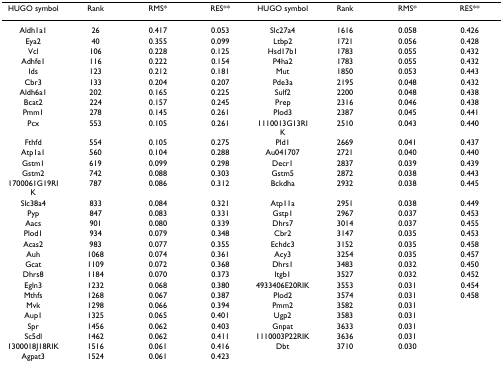
<table><thead><tr><td><b>HUGO symbol</b></td><td><b>Rank</b></td><td><b>RMS*</b></td><td><b>RES**</b></td><td><b>HUGO symbol</b></td><td><b>Rank</b></td><td><b>RMS*</b></td><td><b>RES**</b></td></tr></thead><tbody><tr><td>Aldh1a1</td><td>26</td><td>0.417</td><td>0.053</td><td>Slc27a4</td><td>1616</td><td>0.058</td><td>0.426</td></tr><tr><td>Eya2</td><td>40</td><td>0.355</td><td>0.099</td><td>Ltbp2</td><td>1721</td><td>0.056</td><td>0.428</td></tr><tr><td>Vcl</td><td>106</td><td>0.228</td><td>0.125</td><td>Hsd17b1</td><td>1783</td><td>0.055</td><td>0.432</td></tr><tr><td>Adhfe1</td><td>116</td><td>0.222</td><td>0.154</td><td>P4ha2</td><td>1783</td><td>0.055</td><td>0.432</td></tr><tr><td>Ids</td><td>123</td><td>0.212</td><td>0.181</td><td>Mut</td><td>1850</td><td>0.053</td><td>0.443</td></tr><tr><td>Cbr3</td><td>133</td><td>0.204</td><td>0.207</td><td>Pde3a</td><td>2195</td><td>0.048</td><td>0.432</td></tr><tr><td>Aldh6a1</td><td>202</td><td>0.165</td><td>0.225</td><td>Sulf2</td><td>2200</td><td>0.048</td><td>0.438</td></tr><tr><td>Bcat2</td><td>224</td><td>0.157</td><td>0.245</td><td>Prep</td><td>2316</td><td>0.046</td><td>0.438</td></tr><tr><td>Pmm1</td><td>278</td><td>0.145</td><td>0.261</td><td>Plod3</td><td>2387</td><td>0.045</td><td>0.441</td></tr><tr><td>Pcx</td><td>553</td><td>0.105</td><td>0.261</td><td>1110013G13RIK</td><td>2510</td><td>0.043</td><td>0.440</td></tr><tr><td>Fthfd</td><td>554</td><td>0.105</td><td>0.275</td><td>Pld1</td><td>2669</td><td>0.041</td><td>0.437</td></tr><tr><td>Atp1a1</td><td>560</td><td>0.104</td><td>0.288</td><td>Au041707</td><td>2721</td><td>0.040</td><td>0.440</td></tr><tr><td>Gstm1</td><td>619</td><td>0.099</td><td>0.298</td><td>Decr1</td><td>2837</td><td>0.039</td><td>0.439</td></tr><tr><td>Gstm2</td><td>742</td><td>0.088</td><td>0.303</td><td>Gstm5</td><td>2872</td><td>0.038</td><td>0.443</td></tr><tr><td>1700061G19RIK</td><td>787</td><td>0.086</td><td>0.312</td><td>Bckdha</td><td>2932</td><td>0.038</td><td>0.445</td></tr><tr><td>Slc38a4</td><td>833</td><td>0.084</td><td>0.321</td><td>Atp11a</td><td>2951</td><td>0.038</td><td>0.449</td></tr><tr><td>Pyp</td><td>847</td><td>0.083</td><td>0.331</td><td>Gstp1</td><td>2967</td><td>0.037</td><td>0.453</td></tr><tr><td>Aacs</td><td>901</td><td>0.080</td><td>0.339</td><td>Dhrs7</td><td>3014</td><td>0.037</td><td>0.455</td></tr><tr><td>Plod1</td><td>934</td><td>0.079</td><td>0.348</td><td>Cbr2</td><td>3147</td><td>0.035</td><td>0.453</td></tr><tr><td>Acas2</td><td>983</td><td>0.077</td><td>0.355</td><td>Echdc3</td><td>3152</td><td>0.035</td><td>0.458</td></tr><tr><td>Auh</td><td>1068</td><td>0.074</td><td>0.361</td><td>Acy3</td><td>3254</td><td>0.035</td><td>0.457</td></tr><tr><td>Gcat</td><td>1109</td><td>0.072</td><td>0.368</td><td>Dhrs1</td><td>3483</td><td>0.032</td><td>0.450</td></tr><tr><td>Dhrs8</td><td>1184</td><td>0.070</td><td>0.373</td><td>Itgb1</td><td>3527</td><td>0.032</td><td>0.452</td></tr><tr><td>Egln3</td><td>1232</td><td>0.068</td><td>0.380</td><td>4933406E20RIK</td><td>3553</td><td>0.031</td><td>0.454</td></tr><tr><td>Mthfs</td><td>1268</td><td>0.067</td><td>0.387</td><td>Plod2</td><td>3574</td><td>0.031</td><td>0.458</td></tr><tr><td>Mvk</td><td>1298</td><td>0.066</td><td>0.394</td><td>Pmm2</td><td>3582</td><td>0.031</td><td></td></tr><tr><td>Aup1</td><td>1325</td><td>0.065</td><td>0.401</td><td>Ugp2</td><td>3583</td><td>0.031</td><td></td></tr><tr><td>Spr</td><td>1456</td><td>0.062</td><td>0.403</td><td>Gnpat</td><td>3633</td><td>0.031</td><td></td></tr><tr><td>Sc5dl</td><td>1462</td><td>0.062</td><td>0.411</td><td>1110003P22RIK</td><td>3636</td><td>0.031</td><td></td></tr><tr><td>1300018J18RIK</td><td>1516</td><td>0.061</td><td>0.416</td><td>Dbt</td><td>3710</td><td>0.030</td><td></td></tr><tr><td>Agpat3</td><td>1524</td><td>0.061</td><td>0.423</td><td></td><td></td><td></td><td></td></tr></tbody></table>